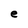
Character: e